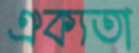
ঐক্যতা